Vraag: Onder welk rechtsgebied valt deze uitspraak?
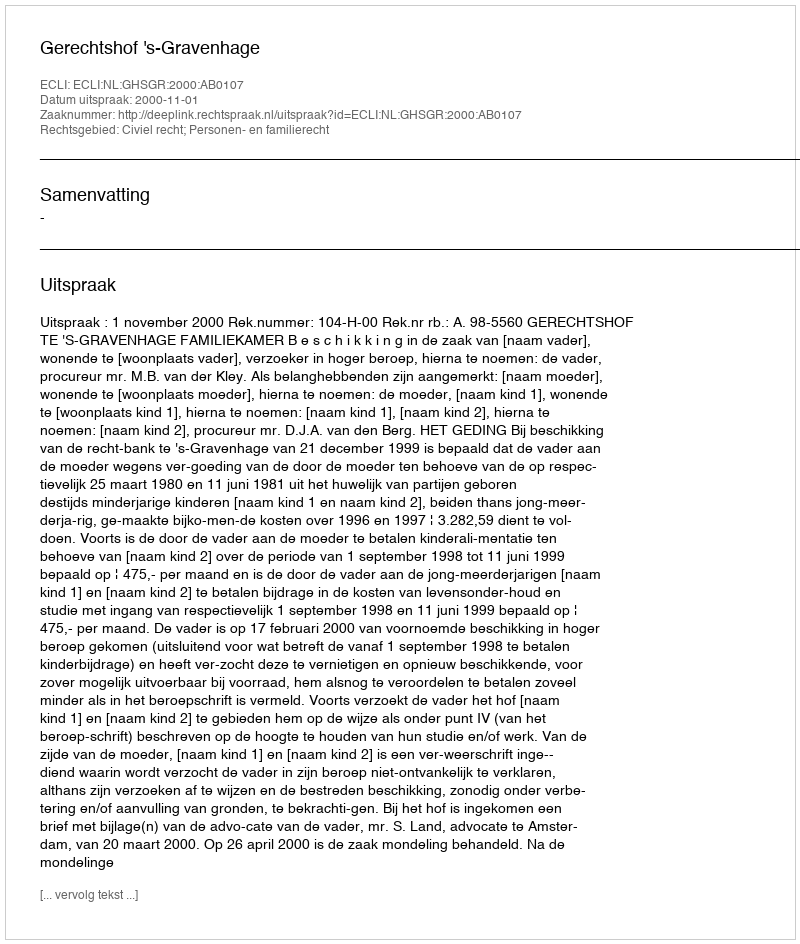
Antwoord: Civiel recht; Personen- en familierecht